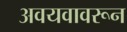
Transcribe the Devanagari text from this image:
अवयवावरून